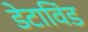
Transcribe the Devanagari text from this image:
डेटाविंड